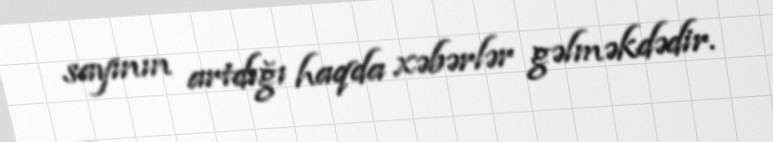
sayının artdığı haqda xəbərlər gəlməkdədir.